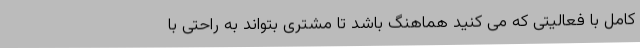
کامل با فعالیتی که می کنید هماهنگ باشد تا مشتری بتواند به راحتی با